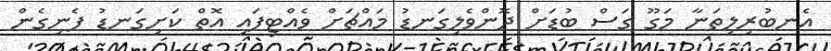
އެނބުރިލިތަނާ މަގޫ ގަސް ބުޑަށް ދޮންވެލިގަނޑު މައްޗަށް ވެއްޓިފައި އޮތް ކަށިގަނޑު ފެނިގެން